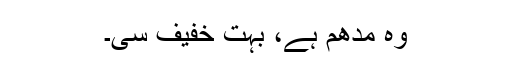
وہ مدھم ہے، بہت خفیف سی۔